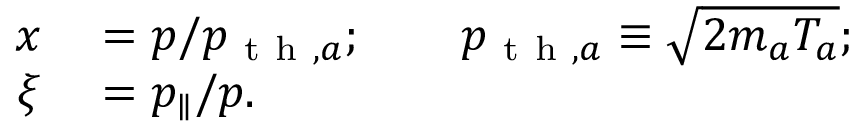
\begin{array} { r l } { x } & { { } = p / p _ { \mathrm { ~ t ~ h ~ } , a } ; \qquad p _ { \mathrm { ~ t ~ h ~ } , a } \equiv \sqrt { 2 m _ { a } T _ { a } } ; } \\ { \xi } & { { } = p _ { \parallel } / p . } \end{array}